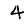
Digit: 4